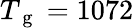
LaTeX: T_{\mathrm{~g~}}=1072